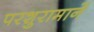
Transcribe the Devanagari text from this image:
परशुरामानें